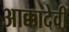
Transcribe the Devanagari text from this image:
आक्कादेवी